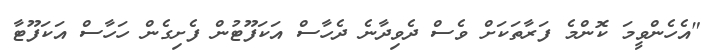
"އެހެންވީމަ ކޮންމެ ފަރާތަކަށް ވެސް ދެވިދާނެ ދެހާސް އަކަފޫޓުން ފެށިގެން ހަހާސް އަކަފޫޓާ